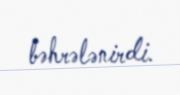
bəhrələnirdi.